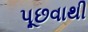
પૂછવાથી